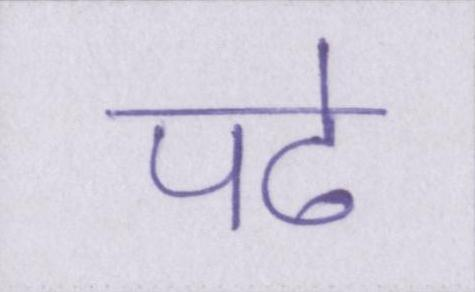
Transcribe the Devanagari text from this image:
पढे